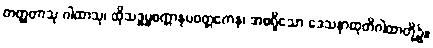
တတ္ထတာသု ဂါထာသု၊ ထိုသဒ္ဓမ္မစက္ကာနုပဝတ္တကေန၊ အစရှိသော ဒေသနာထုတိဂါထာတို့၌။